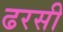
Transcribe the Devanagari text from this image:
ढरसी